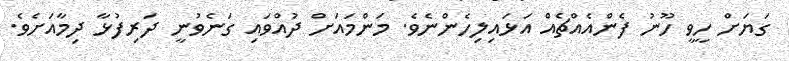
ގަޔަށް ހީވީ ހޫނު ފެންއެއްޗެއް އަޅައިލިހެންނެވެ. މަންމައަށް ދުއްވައި ގަނެވުނީ ދަރިފުޅާ ދިމާއަށެވެ.